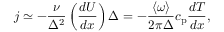
j \simeq - \frac { \nu } { \Delta ^ { 2 } } \left( \frac { d U } { d x } \right) \Delta = - \frac { \langle \omega \rangle } { 2 \pi \Delta } c _ { \mathrm { p } } \frac { d T } { d x } ,